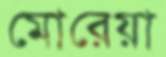
মোরেয়া